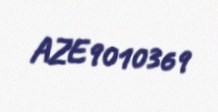
AZE9010369